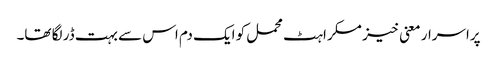
پراسرار معنی خیز مسکراہٹ محمل کو ایک دم اس سے بہت ڈر لگا تھا۔